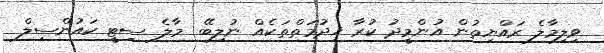
ވިލިމާލެ ރައްޔިތުން އުންމީދު ކުރާ ޚިދުމަތްތަކެއް ނުލިބޭ  މާލެ ސިޓީ ކައުންސިލް